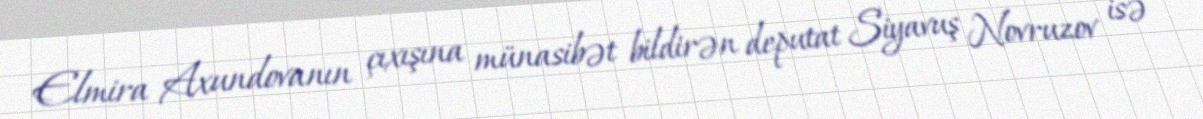
Elmira Axundovanın çıxışına münasibət bildirən deputat Siyavuş Novruzov isə